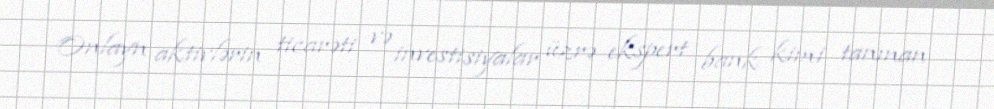
Onlayn aktivlərin ticarəti və investisiyalar üzrə ekspert bank kimi tanınan